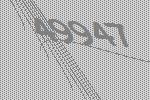
49947